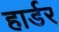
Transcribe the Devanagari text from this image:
हार्डर